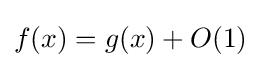
f(x)=g(x)+O(1)